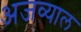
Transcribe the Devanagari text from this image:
अजव्याल